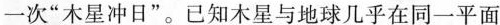
一次”木星冲日”。已知木星与地球几乎在同一平面